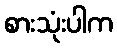
စားသုံးပါက